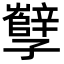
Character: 孼